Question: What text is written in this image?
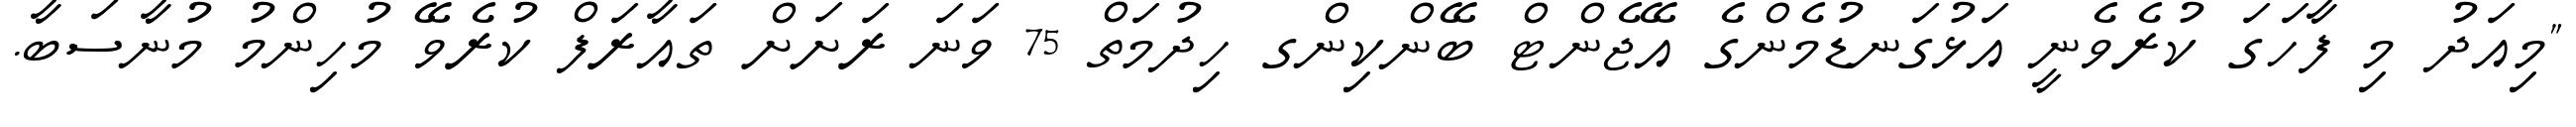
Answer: "މިއަދު މި ފާހަގަ ކުރެވެނީ އަޅުގަނޑުމެންގެ އޭޖެންޓް ބޭންކިންގ ހިދުމަތް 75 ވަނަ ރަށަށް ތައާރަފް ކުރެވޭ މުހިންމު މުނާސަބާ.